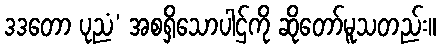
ဒဒတော ပုညံ’ အစရှိသောပါဌ်ကို ဆိုတော်မူသတည်း။